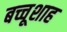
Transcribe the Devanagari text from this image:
बच्चूशाह